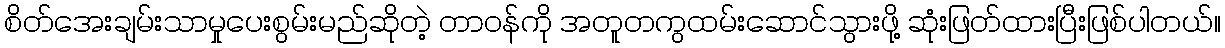
စိတ်အေးချမ်းသာမှုပေးစွမ်းမည်ဆိုတဲ့ တာဝန်ကို အတူတကွထမ်းဆောင်သွားဖို့ ဆုံးဖြတ်ထားပြီးဖြစ်ပါတယ်။